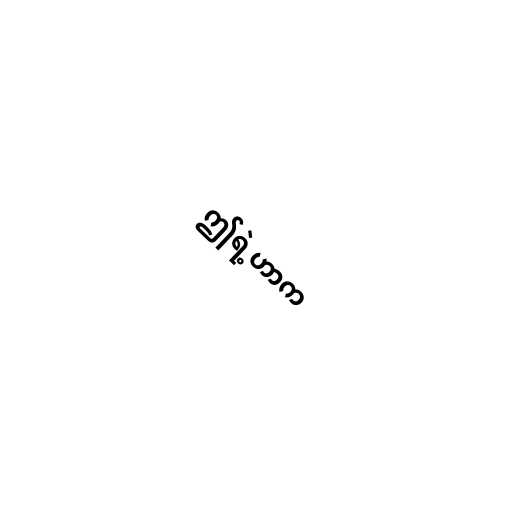
ဤရဲ့ဟာက